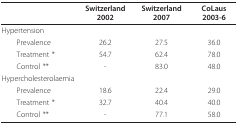
<table><thead><tr><td></td><td><b>Switzerland 2002</b></td><td><b>Switzerland 2007</b></td><td><b>CoLaus 2003-6</b></td></tr></thead><tbody><tr><td>Hypertension</td><td></td><td></td><td></td></tr><tr><td> Prevalence</td><td>26.2</td><td>27.5</td><td>36.0</td></tr><tr><td> Treatment *</td><td>54.7</td><td>62.4</td><td>78.0</td></tr><tr><td> Control **</td><td>-</td><td>83.0</td><td>48.0</td></tr><tr><td>Hypercholesterolaemia</td><td></td><td></td><td></td></tr><tr><td> Prevalence</td><td>18.6</td><td>22.4</td><td>29.0</td></tr><tr><td> Treatment *</td><td>32.7</td><td>40.4</td><td>40.0</td></tr><tr><td> Control **</td><td>-</td><td>77.1</td><td>58.0</td></tr></tbody></table>